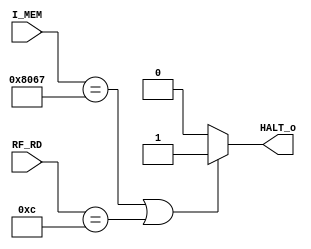
module HALT (
    input  wire [31:0]I_MEM,
    input  wire [31:0]RF_RD,
    output reg HALT_o
);

always @(*) begin
    if(I_MEM==16'h8067||RF_RD==16'hc)
        HALT_o=1;
    else
        HALT_o=0;
end

endmodule //HALT